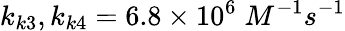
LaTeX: k_{k3},k_{k4}=6.8\times 10^{6}\; M^{-1}s^{-1}